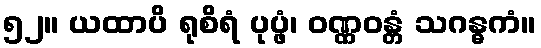
၅၂။ ယထာပိ ရုစိရံ ပုပ္ဖံ၊ ဝဏ္ဏဝန္တံ သဂန္ဓကံ။